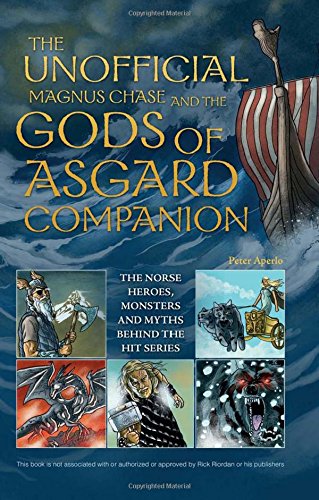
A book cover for The Unofficial Magnus Chase and the Gods of Asgard Companion: The Norse Heroes, Monsters and Myths Behind the Hit Series; Peter Aperlo; Children's Books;